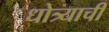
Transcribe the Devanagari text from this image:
धोत्र्याची